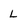
Character: L